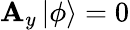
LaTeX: \mathbf{A}_{y}\mathinner{|{\phi}\rangle}=0